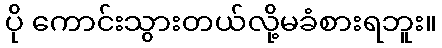
ပို ကောင်းသွားတယ်လို့မခံစားရဘူး။